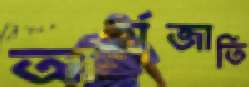
আর্যজাতি